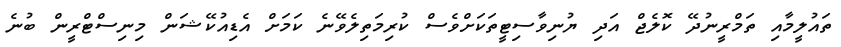
ތައުލީމާއި ތަމްރީނުދޭ ކޮލެޖް އަދި ޔުނިވާސިޓީތަކަށްވެސް ކުރިމަތިލެވޭނެ ކަމަށް އެޑިއުކޭޝަން މިނިސްޓްރީން ބުނެ